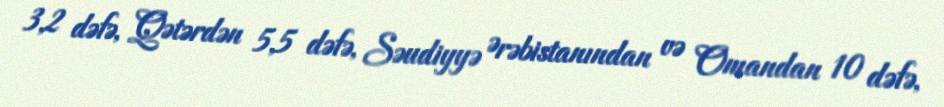
3,2 dəfə, Qətərdən 5,5 dəfə, Səudiyyə Ərəbistanından və Omandan 10 dəfə,